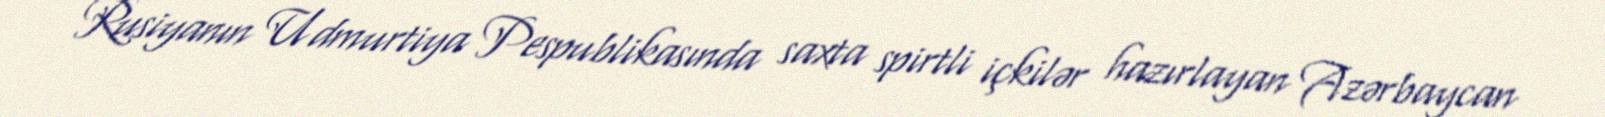
Rusiyanın Udmurtiya Pespublikasında saxta spirtli içkilər hazırlayan Azərbaycan